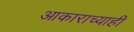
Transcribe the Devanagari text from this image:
आकाराच्याही